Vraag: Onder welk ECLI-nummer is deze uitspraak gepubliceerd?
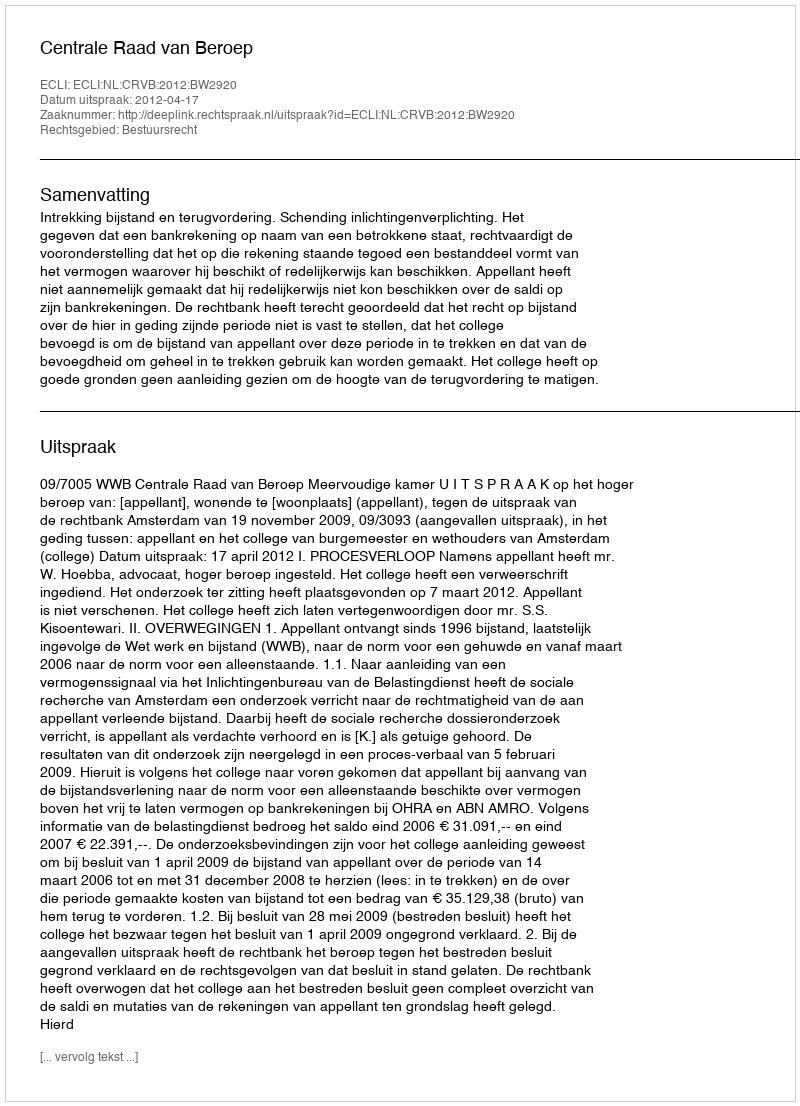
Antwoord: ECLI:NL:CRVB:2012:BW2920